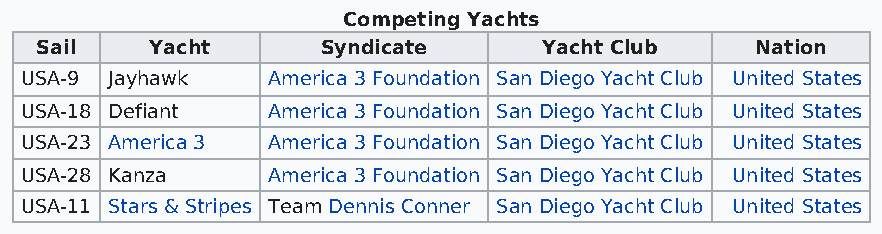
Competing Yachts
 Sail    Yacht      Syndicate      Yacht Club    Nation
 USA-9 Jayhawk    America 3 Foundation San Diego Yacht Club United States
 USA-18 Defiant   America 3 Foundation San Diego Yacht Club United States
 USA-23 America 3 America 3 Foundation San Diego Yacht Club United States
 USA-28 Kanza     America 3 Foundation San Diego Yacht Club United States
 USA-11 Stars & Stripes Team Dennis Conner San Diego Yacht Club United States